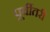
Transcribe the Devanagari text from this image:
पूर्वीतरी